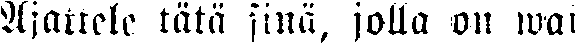
Ajattele tätä sinä, jolla on wai